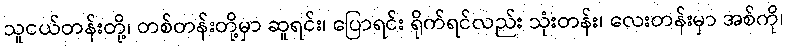
သူငယ်တန်းတို့၊ တစ်တန်းတို့မှာ ဆူရင်း၊ ပြောရင်း ရိုက်ရင်လည်း သုံးတန်း၊ လေးတန်းမှာ အစ်ကို၊